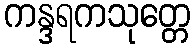
ကန္ဒရကသုတ္တေ